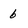
Character: 6